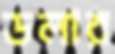
ডলার